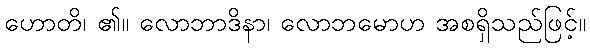
ဟောတိ၊ ၏။ လောဘာဒိနာ၊ လောဘမောဟ အစရှိသည်ဖြင့်။